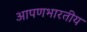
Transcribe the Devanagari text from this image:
आपणभारतीय